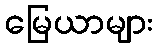
မြေယာများ